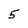
Character: 5